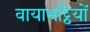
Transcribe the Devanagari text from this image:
वायाभट्ठियों